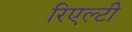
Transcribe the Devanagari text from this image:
रिएल्टी